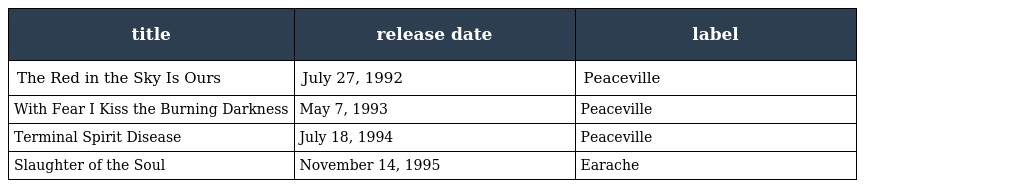
| title | release date | label |
 | --- | --- | --- |
 | The Red in the Sky Is Ours | July 27, 1992 | Peaceville |
 | With Fear I Kiss the Burning Darkness | May 7, 1993 | Peaceville |
 | Terminal Spirit Disease | July 18, 1994 | Peaceville |
 | Slaughter of the Soul | November 14, 1995 | Earache |